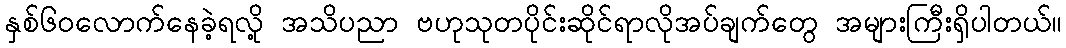
နှစ်၆၀လောက်နေခဲ့ရလို့ အသိပညာ ဗဟုသုတပိုင်းဆိုင်ရာလိုအပ်ချက်တွေ အများကြီးရှိပါတယ်။